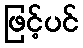
ဖြင့်ပင်